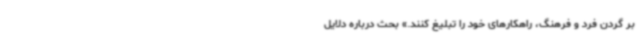
بر گردن فرد و فرهنگ، راهکارهای خود را تبلیغ کنند.» بحث درباره دلایل